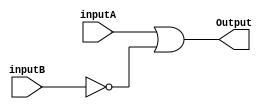
// For CU Mux
module Or_Nor (
    output reg Output,
    input inputA,
    input inputB
    );
    always@(inputA, inputB) begin
        Output = inputA || ~inputB;
    end
endmodule